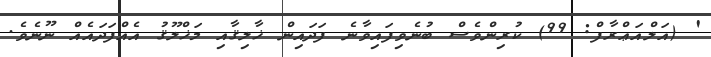
' (އަލްއަޢްރާފް: 99) ކުރިންވެސް ބުނެވިފައިވާނެ ފަދައިން ޚާލިޤާއި މަޚްލޫޤު އެއްފަދައެއް ނޫނެވެ.